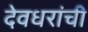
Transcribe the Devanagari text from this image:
देवधरांची